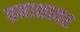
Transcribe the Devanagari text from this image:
तमाशावर